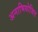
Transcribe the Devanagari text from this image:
अनाभियोजित